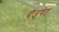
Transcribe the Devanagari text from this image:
ग्रॅजुयेट